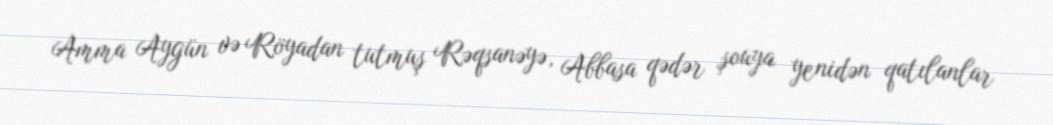
Amma Aygün və Röyadan tutmuş Rəqsanəyə, Abbasa qədər şouya yenidən qatılanlar